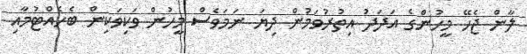
ލާން ޖެހޭ މީހުންގެ އަދަދު އިތުރުވަމުން ދިޔަ ނަމަވެސް މީހުން ވަކިވަކިން ބެހެއްޓުމާއި